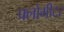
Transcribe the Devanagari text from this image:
फ्लोमीटर